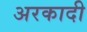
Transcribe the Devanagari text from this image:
अरकादी